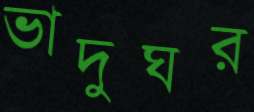
ভাদুঘর